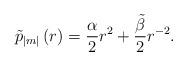
LaTeX: \begin{align*}\tilde{p}_{\left\vert m\right\vert }\left( r\right) =\frac{\alpha }{2}r^{2}+\frac{\tilde{\beta}}{2}r^{-2}.\end{align*}